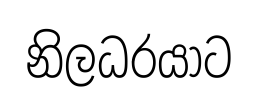
නිලධරයාට